Kominterni_Eesti_sektsioon_Moskvas, lk 15
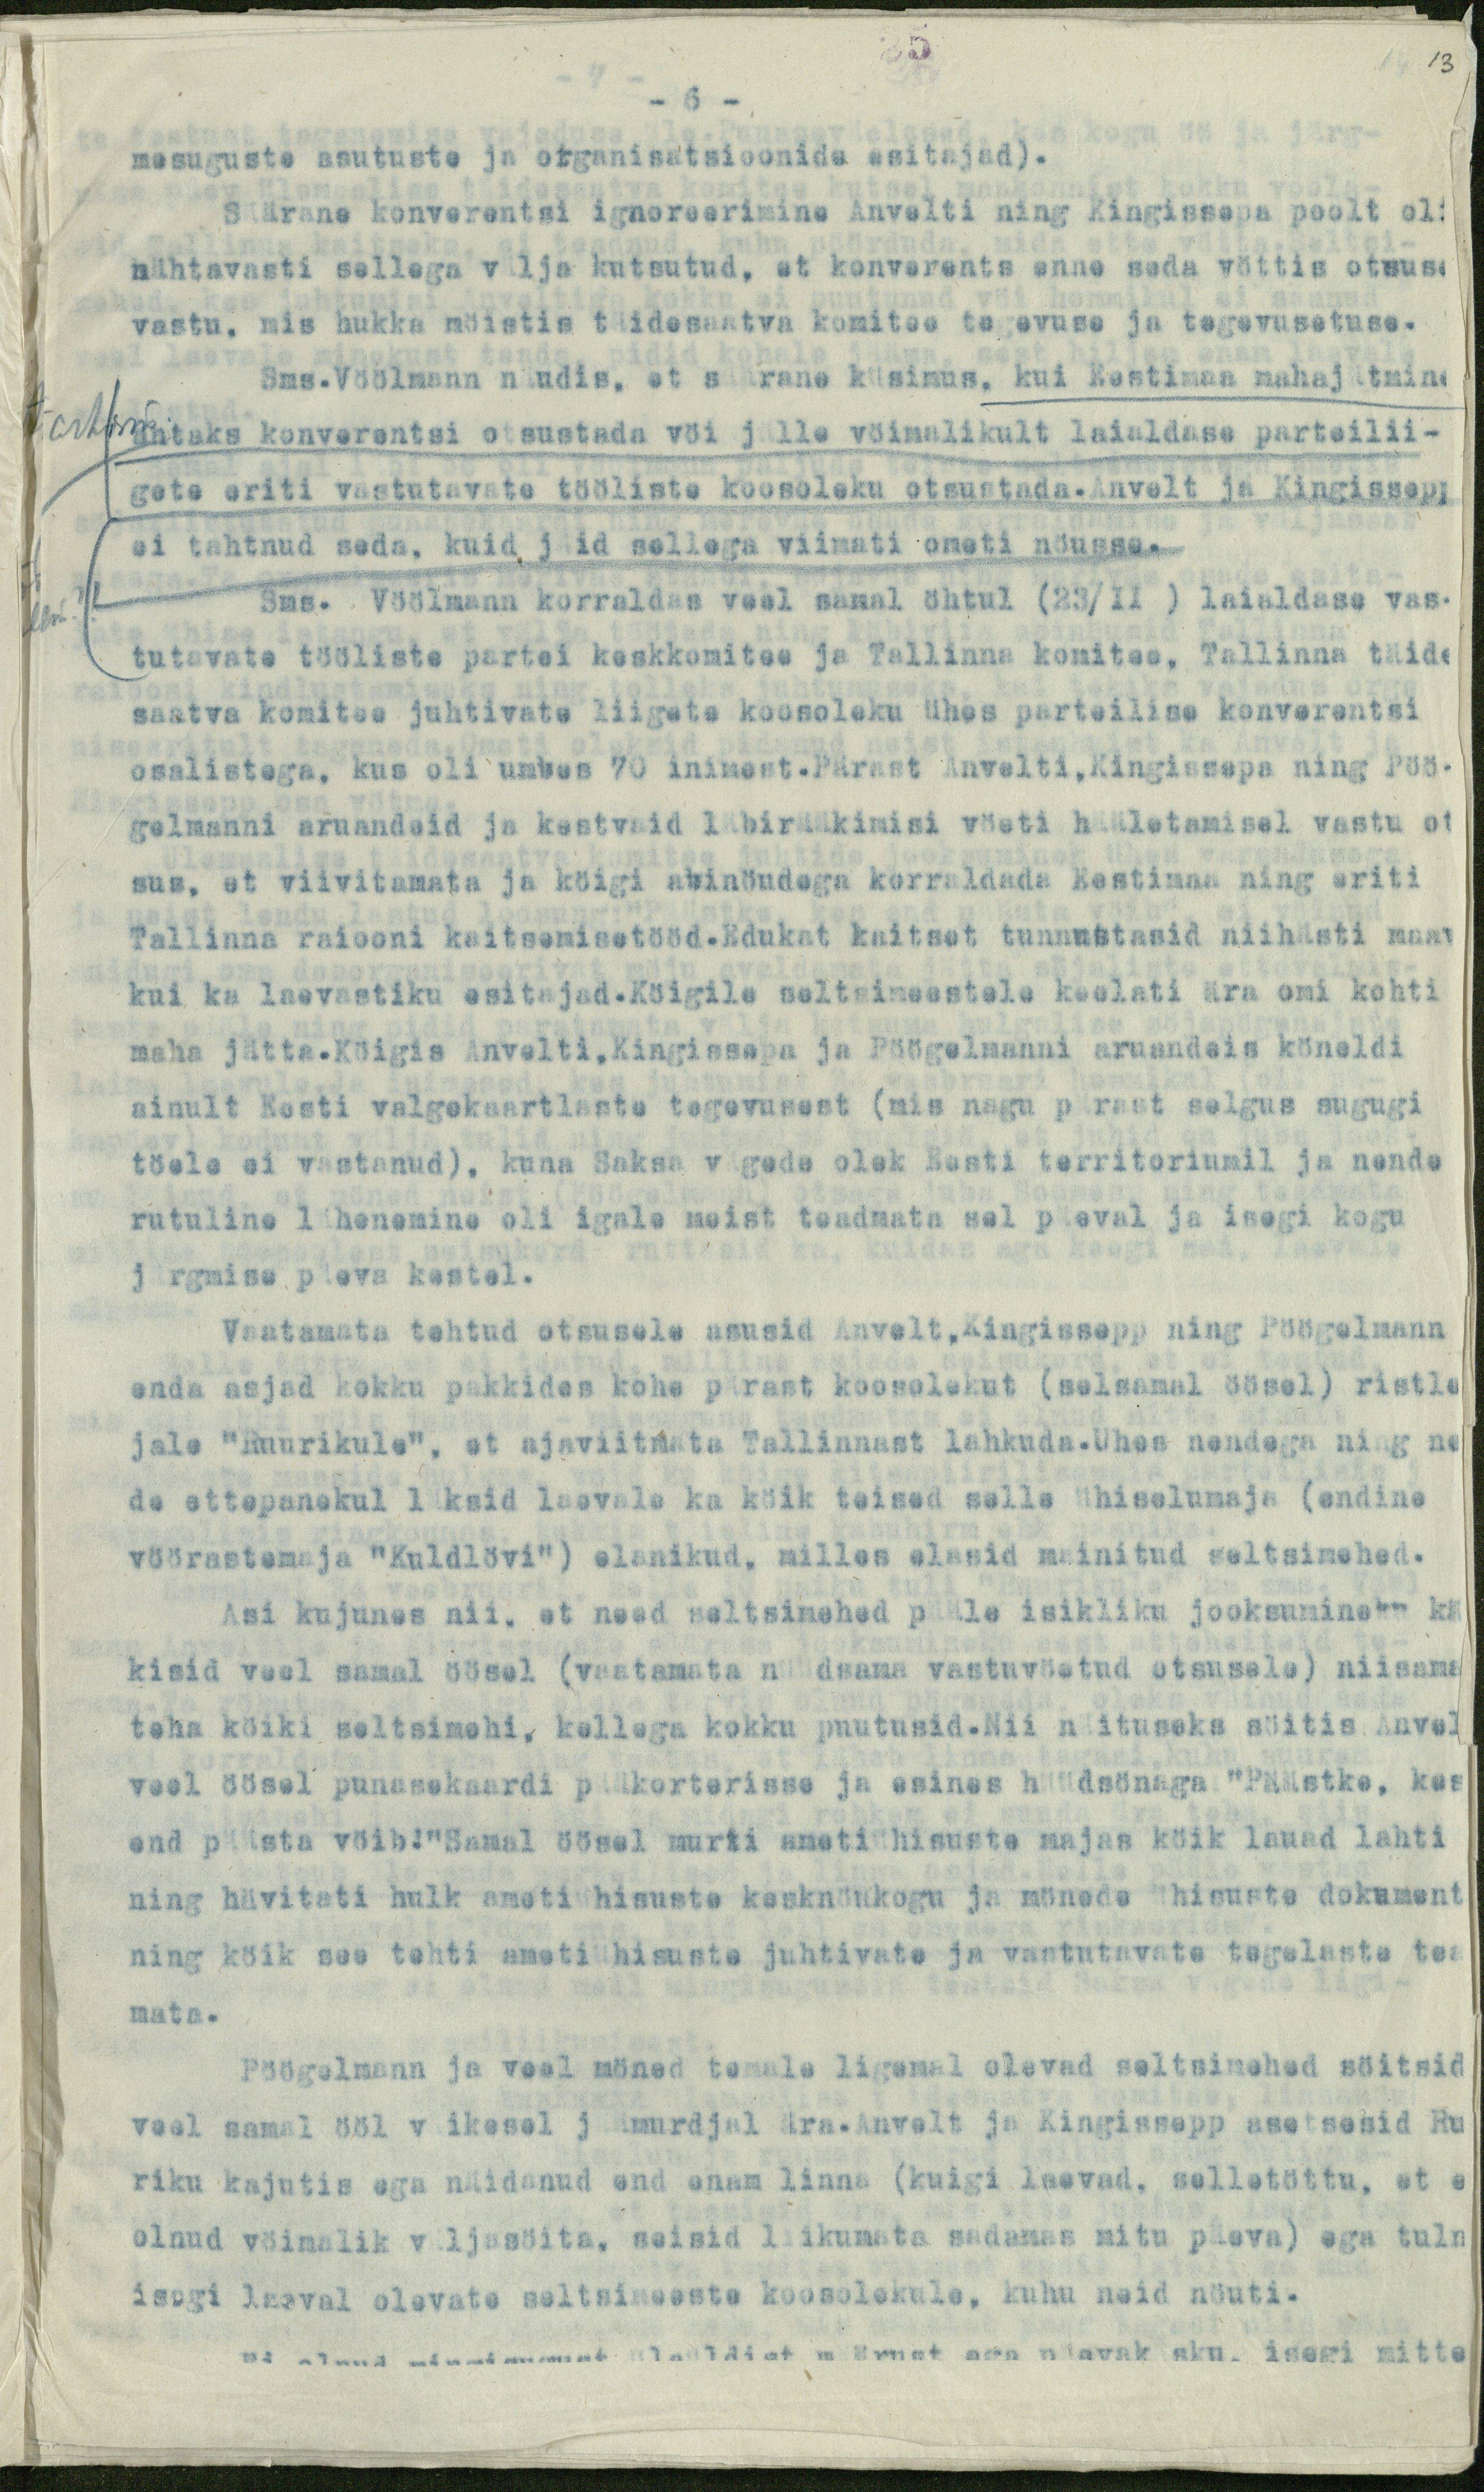
- 6 -
13
mesuguste asutuste ja organisatsioonide esitajad).
Säärane konverentsi ignoreerimine Anvelti ning Kingissepa poolt oli
nähtavasti sellega välja kutsutud, et konverents enne seda vöttis otsuse
vastu, mis hukka möistis täidesaatva komitee tegevuse ja tegevusetuse.
Sms.Vöölmann nöudis, et säärane küsimus, kui Eestimaa mahajätmine
antaks konverentsi otsustada vöi jälle vöimalikult laialdase parteilii-
gete eriti vastutavate tööliste koosoleku otsustada. Anvelt ja Kingissepp
ei tahtnud seda, kuid jäid sellega viimati ometi nöusse.
Sms. Vöölmann korraldas veel samal öhtul (23/II ) laialdase vas-
tutavate tööliste partei keskkomitee ja Tallinna komitee, Tallinna täide
saatva komitee juhtivate liigete koosoleku ühes parteilise konverentsi
osalistega, kus oli umbes 70 inimest. Pärast Anvelti, Kingissepa ning Pöö-
gelmanni aruandeid ja kestvaid läbirääkimisi vöeti hääletamisel vastu ot-
sus, et viivitamata ja köigi abinöudega korraldada Eestimaa ning eriti
Tallinna raiooni kaitsemisetööd.Edukat kaitset tunnustasid niihästi maav
kui ka laevastiku esitajad.Köigile seltsimeestele keelati ära omi kohti
maha jätta.Köigis Anvelti,Kingissepa ja Pöögelmanni aruandeis köneldi
ainult Eesti valgekaartlaste tegevusest (mis nagu pärast selgus sugugi
töele ei vastanud), kuna Saksa vägede olek Eesti territoriumil ja nende
rutuline lähenemine oli igale meist teadmata sel päeval ja isegi kogu
järgmise päeva kestel.
Vaatamata tehtud otsusele asusid Anvelt, Kingissepp ning Pöögelmann
enda asjad kokku pakkides kohe pärast koosolekut (selsamal öösel) ristle
jale "Ruurikule", et ajaviitmata Tallinnast lahkuda. Uhes nendega ning ne-
de ettepanekul läksid laevale ka köik teised selle ühiselumaja (endine
vöörastemaja "Kuldlövi") elanikud, milles elasid mainitud seltsimehed.
Asi kujunes nii, et need seltsimehed pääle isikliku jooksumineku kä
kisid veel samal öösel (vaatamata nüüdsama vastuvöetud otsusele) niisama
teha köiki seltsimehi, kellega kokku puutusid. Nii näituseks söitis Anvel
veel öösel punasekaardi pääkorterisse ja esines hüüdsönaga "Päästke, kes
end päästa vöib." Samal öösel murti ametiühisuste majas köik lauad lahti
ning hävitati hulk ametiühisuste kesknöukogu ja mönede ühisuste dokument
ning köik see tehti ametiühisuste juhtivate ja vastutavate tegelaste tea
mata.
Pöögelmann ja veel möned temale ligemal olevad seltsimehed söitsid
veel samal ööl väikesel jäämuurdjal ära.Anvelt ja Kingissepp asetsesid Ru
riku kajutis ega näidanud and enam linna (kuigi laevad, selletöttu, et e
olnud vöimalik väljasöita, seisid liikumata sadamas mitu päeva) ega tuln
isegi laeval olevate seltsimeeste koosolekule, kuhu neid nöuti.
Ei olnud mingisugust üleüldist määrust ega päevakäsku isegi mitte